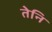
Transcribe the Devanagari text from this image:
तेनि